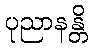
ပုညာနန္တိ